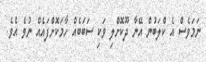
ނަމަވެސް އެ ކްލަބުން އޭނާ ދޫކޮށްލި ވަކި ސަބަބެއް ހާމަކޮށްފައެއް ނުވެ އެވެ.